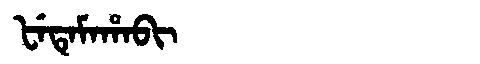
Manchu: ᡶᡝᡨᡝᠮᠠᡥᠠᠪᡳ
Romanization: FETEMAHABI